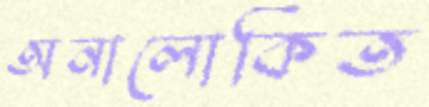
অনালোকিত